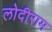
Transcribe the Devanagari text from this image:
लोदीराम